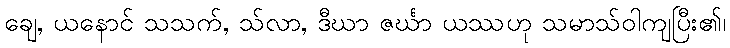
ချေ, ယနောင် သသက်, သ်လာ, ဒီဃာ ဇင်္ဃာ ယဿဟု သမာသ်ဝါကျပြီး၏၊